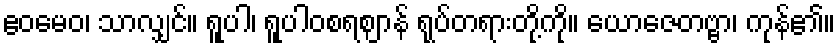
ဧဝမေဝ၊ သာလျှင်။ ရူပါ၊ ရူပါဝစရဈာန် ရုပ်တရားတို့ကို။ ယောဇေတဗ္ဗာ၊ ကုန်၏။